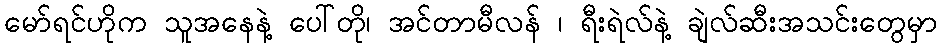
မော်ရင်ဟိုက သူအနေနဲ့ ပေါ်တို၊ အင်တာမီလန် ၊ ရီးရဲလ်နဲ့ ချဲလ်ဆီးအသင်းတွေမှာ